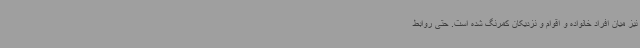
نیز میان افراد خانواده و اقوام و نزدیکان کمرنگ شده است. حتی روابط